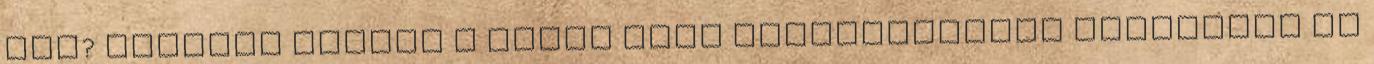
fel? Kérdezz minket A lenti gomb megnyomásával elfogadom az